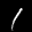
Label: 1